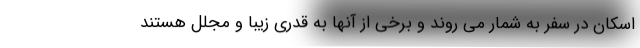
اسکان در سفر به شمار می روند و برخی از آنها به قدری زیبا و مجلل هستند